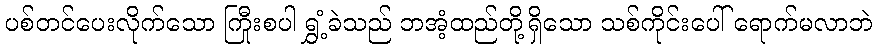
ပစ်တင်ပေးလိုက်သော ကြီုးစပါ ရွှံ့ခဲသည် ဘအံ့ထည်တို့ရှိသော သစ်ကိုင်းပေါ် ရောက်မလာဘဲ